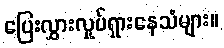
ပြေးလွှားလှုပ်ရှားနေသံများ။